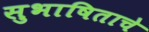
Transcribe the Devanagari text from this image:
सुभाषिताचे